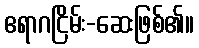
ဧရာဂငြိမ်း-ဆေးဖြစ်၏။